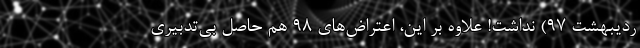
ردیبهشت ۹۷) نداشت! علاوه ‌بر این، اعتراض‌های ۹۸ هم حاصل بی‌تدبیری